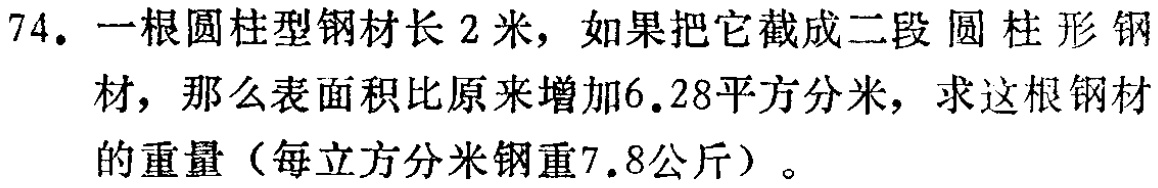
74. 一根圆柱型钢材长 2 米，如果把它截成二段圆柱形钢材，那么表面积比原来增加6.28平方分米，求这根钢材的重量（每立方分米钢重7.8公斤）。